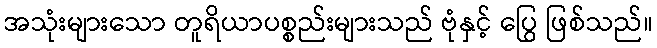
အသုံးများသော တူရိယာပစ္စည်းများသည် ဗုံနှင့် ပြွေ ဖြစ်သည်။